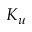
K _ { u }